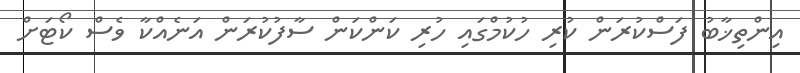
އިންތިޚާބު ފަސްކުރަން ކުރި ހުކުމްގައި ހުރި ކަންކަން ސާފުކުރަން އަނެއްކާ ވެސް ކޯޓަށް